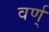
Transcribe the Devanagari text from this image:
वर्ण्